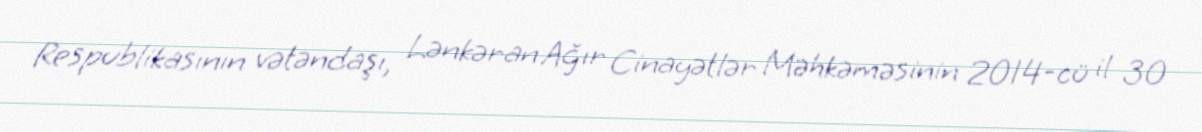
Respublikasının vətəndaşı, Lənkəran Ağır Cinayətlər Məhkəməsinin 2014-cü il 30